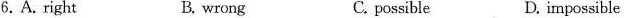
6.A. Right B. wrong C. possible D. impossible